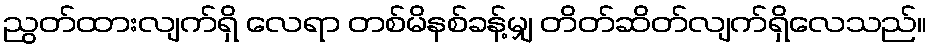
ညွတ်ထားလျက်ရှိ လေရာ တစ်မိနစ်ခန့်မျှ တိတ်ဆိတ်လျက်ရှိလေသည်။